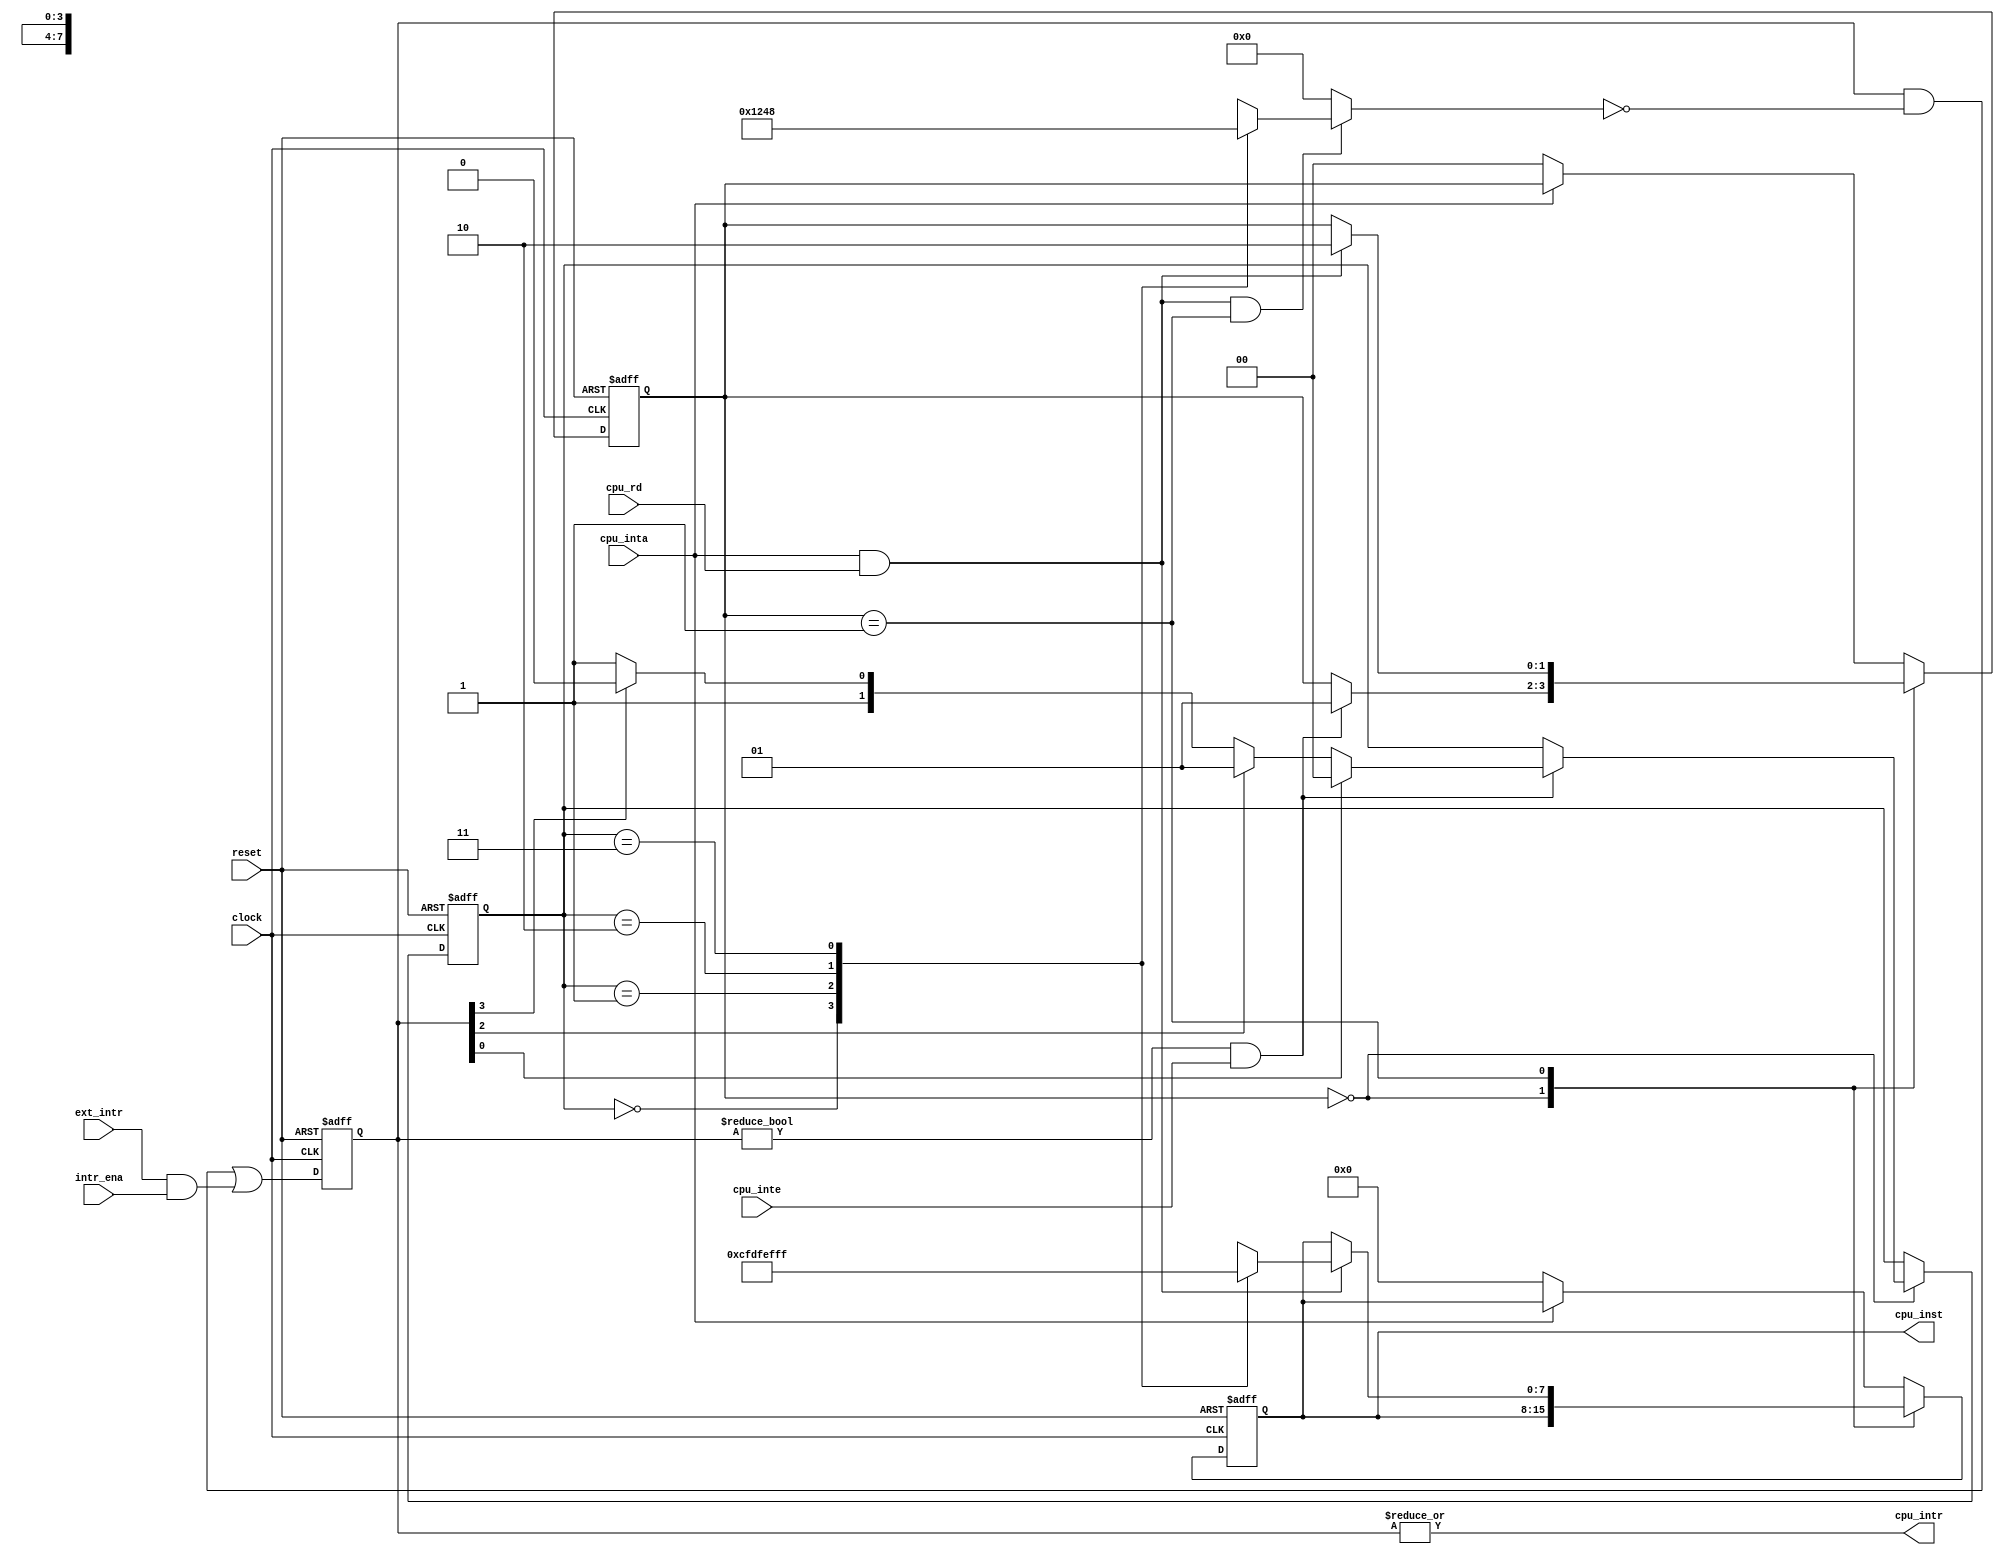
//---------------------------------------------------------------------------------------
//  Project:            light8080 SOC       WiCores Solutions 
//
//
//  Writer:             Moti Litochevski 
//
//  Description:
//      This file contains the light8080 SOC interrupt controller. The controller 
//      supports 4 external interrupt requests with fixed interrupt vector addresses. 
//      The interrupt vectors code is implemented in the "intr_vec.h" file included in 
//      the projects C directory. 
//      Note that the controller clears the interrupt request after the CPU read the 
//      interrupt vector. 
//
//  Revision History:
//
//  Rev <revnumber>         <Date>          <owner> 
//      <comment>
// 
//---------------------------------------------------------------------------------------
// 
//  Copyright (C) 2012 Moti Litochevski 
// 
//  This source file may be used and distributed without restriction provided that this 
//  copyright statement is not removed from the file and that any derivative work 
//  contains the original copyright notice and the associated disclaimer.
//
//  THIS SOURCE FILE IS PROVIDED "AS IS" AND WITHOUT ANY EXPRESS OR IMPLIED WARRANTIES, 
//  INCLUDING, WITHOUT LIMITATION, THE IMPLIED WARRANTIES OF MERCHANTIBILITY AND 
//  FITNESS FOR A PARTICULAR PURPOSE. 
// 
//---------------------------------------------------------------------------------------

module intr_ctrl 
(
    clock, reset,
    ext_intr, cpu_intr, 
    cpu_inte, cpu_inta, 
    cpu_rd, cpu_inst, 
    intr_ena 
);
//---------------------------------------------------------------------------------------
// module interfaces 
// global signals 
input           clock;      // global clock input 
input           reset;      // global reset input 
// external interrupt sources 
// least significant bit has the highest priority, most significant bit has the lowest 
// priority. 
input   [3:0]   ext_intr;   // active high 
// CPU interface 
output          cpu_intr;   // CPU interrupt request 
input           cpu_inte;   // CPU interrupt enable - just to mask 
input           cpu_inta;   // CPU interrupt acknowledge 
input           cpu_rd;     // CPU read signal 
output  [7:0]   cpu_inst;   // interrupt calling instruction 

// interrupt enable register 
input   [3:0]   intr_ena;   // set high to enable respective interrupt 

//---------------------------------------------------------------------------------------
// 8080 assembly code constants 
// RST instruction opcode used to call interrupt routines at addresses 
// int0: 0x08 / int1: 0x18 / int2: 0x28 / int3: 0x38 
`define RST_1_INST          8'hcf
`define RST_3_INST          8'hdf
`define RST_5_INST          8'hef
`define RST_7_INST          8'hff

//---------------------------------------------------------------------------------------
// internal declarations 
// registered output 
reg [7:0] cpu_inst;

// internals 
reg [1:0] intSq, intSel;
reg [3:0] act_int, int_clr;
reg [7:0] int_vec;

//---------------------------------------------------------------------------------------
// module implementation 
// main interrupt controller control process 
always @ (posedge reset or posedge clock) 
begin 
    if (reset) 
    begin 
        intSq <= 2'b0;
        intSel <= 2'b0;
        cpu_inst <= 8'b0;
    end 
    else 
    begin 
        // interrupt controller state machine 
        case (intSq) 
            2'd0:       // idle state - wait for active interrupt 
                if ((act_int != 4'b0) && cpu_inte)
                begin 
                    // latch the index of the active interrupt according to priority 
                    if (act_int[0])         intSel <= 2'd0;
                    else if (act_int[2])    intSel <= 2'd1;
                    else if (act_int[3])    intSel <= 2'd2;
                    else                    intSel <= 2'd3;
                    // switch to next state 
                    intSq <= 2'd1;
                end 
            2'd1:       // wait for inta read cycle 
                if (cpu_inta && cpu_rd)
                begin 
                    // update instruction opcode 
                    cpu_inst <= int_vec;
                    // switch to end for inta release 
                    intSq <= 2'd2;
                end 
            default:    // wait for inta end 
                if (!cpu_inta) 
                begin 
                    // reset state machine 
                    intSq <= 2'b0;
                    cpu_inst <= 8'b0;
                end 
        endcase 
    end 
end 

// assign interrupt vector address according to selected interrupt 
always @ (intSel)
begin 
    case (intSel) 
        2'd0:   int_vec <= `RST_1_INST;
        2'd1:   int_vec <= `RST_3_INST;
        2'd2:   int_vec <= `RST_5_INST;
        2'd3:   int_vec <= `RST_7_INST;
    endcase 
end 

// latch active interrupt on rising edge 
always @ (posedge reset or posedge clock)
begin 
    if (reset) 
        act_int <= 4'b0;
    else 
        act_int <= (act_int & ~int_clr) | (ext_intr & intr_ena);
end 
// CPU interrupt is asserted when at least one interrupt is active 
assign cpu_intr = |act_int;

// clear serviced interrupt 
always @ (cpu_inta or cpu_rd or intSq or intSel) 
begin 
    if (cpu_inta && cpu_rd && (intSq == 2'd1))
    begin 
        case (intSel) 
            2'd0:   int_clr <= 4'b0001;
            2'd1:   int_clr <= 4'b0010;
            2'd2:   int_clr <= 4'b0100;
            2'd3:   int_clr <= 4'b1000;
        endcase 
    end 
    else 
        int_clr <= 4'b0;
end 

endmodule
//---------------------------------------------------------------------------------------
//                      Th.. Th.. Th.. Thats all folks !!!
//---------------------------------------------------------------------------------------